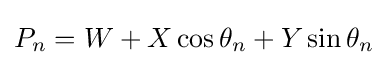
P_{n}=W+X\cos \theta _{n}+Y\sin \theta _{n}